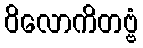
ဝိလောကိတဗ္ဗံ